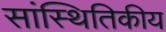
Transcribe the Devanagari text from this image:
सांस्थितिकीय